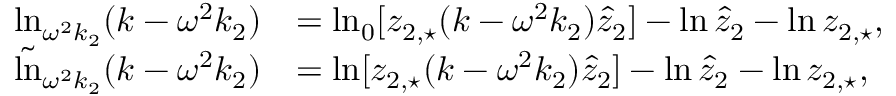
\begin{array} { r l } { \ln _ { \omega ^ { 2 } k _ { 2 } } ( k - \omega ^ { 2 } k _ { 2 } ) } & { = \ln _ { 0 } [ z _ { 2 , \star } ( k - \omega ^ { 2 } k _ { 2 } ) \hat { z } _ { 2 } ] - \ln \hat { z } _ { 2 } - \ln z _ { 2 , \star } , } \\ { \tilde { \ln } _ { \omega ^ { 2 } k _ { 2 } } ( k - \omega ^ { 2 } k _ { 2 } ) } & { = \ln [ z _ { 2 , \star } ( k - \omega ^ { 2 } k _ { 2 } ) \hat { z } _ { 2 } ] - \ln \hat { z } _ { 2 } - \ln z _ { 2 , \star } , } \end{array}